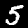
Digit: 5